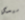
سيدي